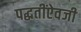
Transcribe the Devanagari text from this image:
पद्धतींऐवजी